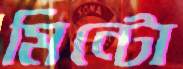
মিন্টো